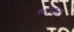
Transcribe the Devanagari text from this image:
१८३२ला